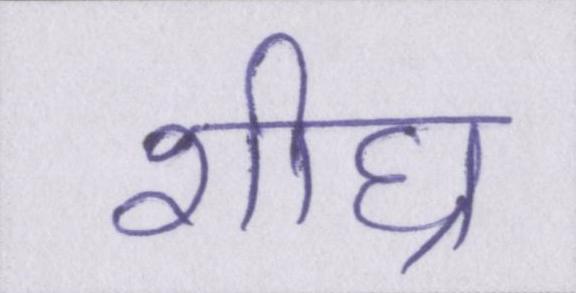
शीघ्र